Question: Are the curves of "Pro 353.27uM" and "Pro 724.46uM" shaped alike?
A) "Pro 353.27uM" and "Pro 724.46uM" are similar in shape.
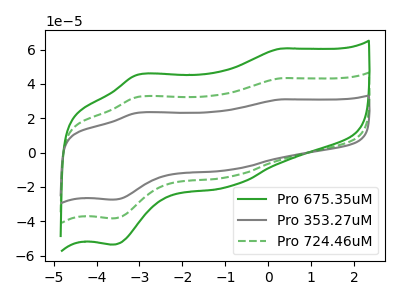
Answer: <think>The green curve "Pro 675.35uM" has anodic peaks at (0.30V, 86.60uA) (-3.05V, 64.80uA) and cathodic peaks at (-0.90V, -28.35uA) (-3.65V, -76.65uA). The gray curve "Pro 353.27uM" has anodic peaks at (0.30V, 30.95uA) (-3.05V, 23.15uA) and cathodic peaks at (-0.90V, -10.15uA) (-3.65V, -27.40uA). The green dashed curve "Pro 724.46uM" has anodic peaks at (0.30V, 43.30uA) (-3.05V, 32.40uA) and cathodic peaks at (-0.90V, -14.15uA) (-3.65V, -38.35uA).
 All the peaks in "Pro 353.27uM" have a peak in "Pro 724.46uM" at the same potential. Every peak in "Pro 353.27uM" is lower than every peak in "Pro 724.46uM".</think>
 <answer>A) "Pro 353.27uM" and "Pro 724.46uM" are similar in shape.</answer>
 <eval>A</eval>